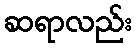
ဆရာလည်း